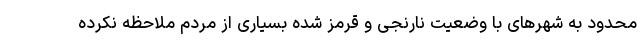
محدود به شهرهای با وضعیت نارنجی و قرمز شده بسیاری از مردم ملاحظه نکرده